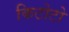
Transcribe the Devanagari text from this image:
किटोटो